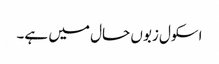
اسکول زبوں حال میں ہے۔